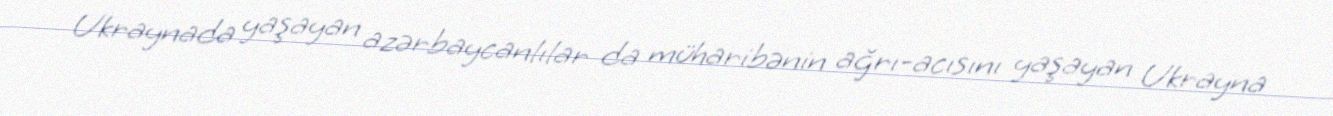
Ukraynada yaşayan azərbaycanlılar da müharibənin ağrı-acısını yaşayan Ukrayna